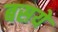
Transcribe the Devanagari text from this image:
बसये